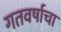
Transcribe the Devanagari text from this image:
गतवर्षाचा